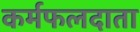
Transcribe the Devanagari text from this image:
कर्मफलदाता